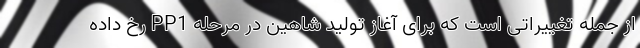
از جمله تغییراتی است که برای آغاز تولید شاهین در مرحله PP1 رخ داده